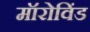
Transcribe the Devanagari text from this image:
मॉरोविंड